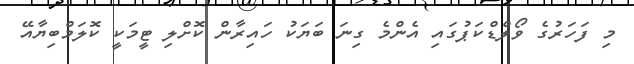
މި ފަހަރުގެ ވޯލްޑްކަޕުގައި އެންމެ ގިނަ ބަޔަކު ހައިރާން ކޮށްލި ޓީމަކީ ކޮލަމްބިޔާއޭ